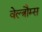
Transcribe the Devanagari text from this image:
वेल्त्रौम्स